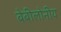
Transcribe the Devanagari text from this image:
बेबीलोनीय